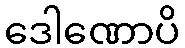
ဒေါဏောပိ